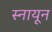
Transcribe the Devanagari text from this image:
स्नायून